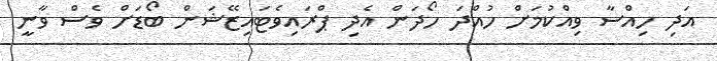
އަދި ހިއްސާ ވިއްކުމަށް ހުއްދަ ހޯދަން އެދި ޕްރައިވެޓައިޒޭޝަން ބޯޑަށް ވެސް ވާނީ